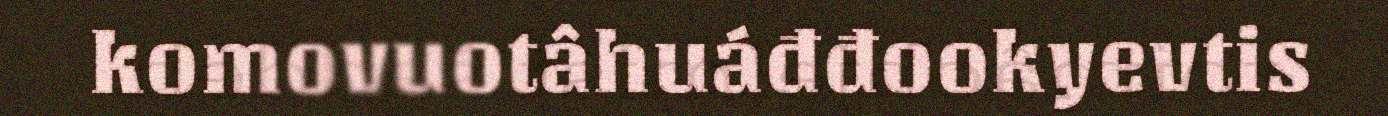
komovuotâhuáđđookyevtis